Annual administration report of the Civil Veterinary Department of India - 1895-1896
Year: 1895
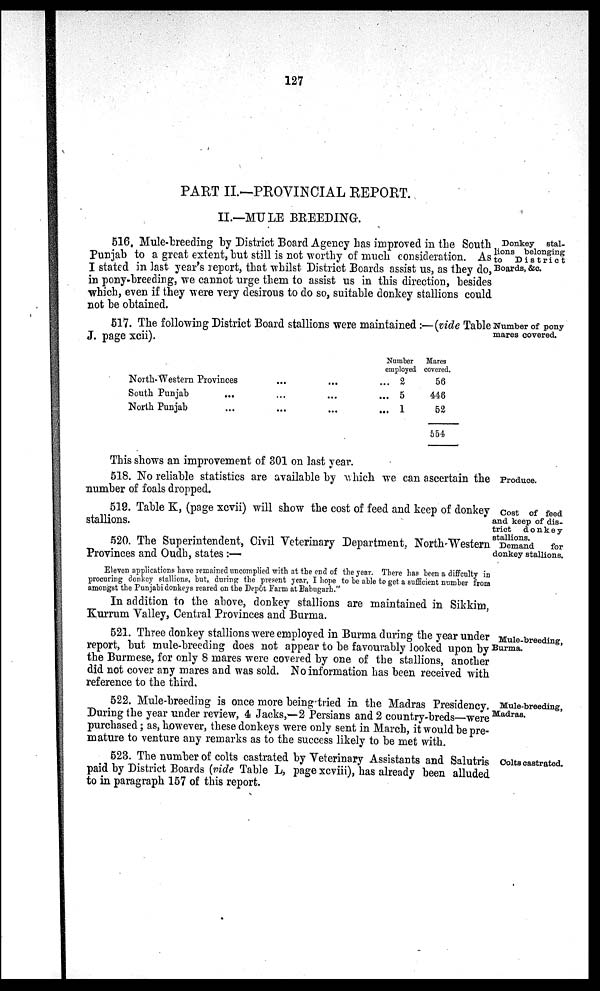
127
PART II.—PROVINCIAL REPORT.
II.—MULE BREEDING.
Donkey
stal-
lions belonging
to
District
Boards, &c.
516. Mule-breeding by District Board Agency has improved in the South
Punjab to a great extent, but still is not worthy of much consideration. As
I stated in last year's report, that whilst District Boards assist us, as they do,
in pony-breeding, we cannot urge them to assist us in this direction, besides
which, even if they were very desirous to do so, suitable donkey stallions could
not be obtained.
Number of pony
mares covered.
517. The following District Board stallions were maintained:—(vide Tables
J. page xcii).
North-Western Provinces
South Punjab
...
North Punjab
...
...
...
...
...
...
...
Number
employed
...
...
...
2
5
1
Mares
covered.
56
446
52
554
This shows an improvement of 301 on last year.
Produce.
518. No reliable statistics are available by which we can ascertain the
number of foals dropped.
Cost of feed
and keep of dis-
trict
donkey
stallions.
519. Table K, (page xcvii) will show the cost of feed and keep of donkey
stallions.
Demand
for
donkey stallions.
520. The Superintendent, Civil Veterinary Department. North-Western
Provinces and Oudh, states :-—
Eleven applications have remained uncomplied with at the end of the year. There has been a diffculty in
procuring donkey stallions, but, during the present year, I hope to be able to get a sufficient number from
amongst the Punjabi donkeys reared on the Depôt Farm at Babugarh."
In addition to the above, donkey stallions are maintained in Sikkim,
Kurrum Valley, Central Provinces and Burma.
Mule-breeding,
Burma.
521. Three donkey stallions were employed in Burma during the year under
report, but mule-breeding does not appear to be favourably looked upon by
the Burmese, for only 8 mares were covered by one of the stallions, another
did not cover any mares and was sold. No information has been received with
reference to the third.
Mule-breeding,
Madras.
522. Mule-breeding is once more being tried in the Madras Presidency.
During the year under review, 4 Jacks,—2 Persians and 2 country-breds—were
purchased; as, however, these donkeys were only sent in March, it would be pre-
mature to venture any remarks as to the success likely to be met with.
Colts castrated.
523. The number of colts castrated by Veterinary Assistants and Salutris
paid by District Boards (vide Table L, page xcviii), has already been alluded
to in paragraph 157 of this report.